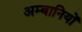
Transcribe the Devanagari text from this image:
अम्बानियों